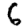
Digit: 6